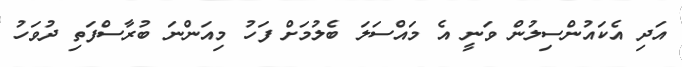
އަދި އެކައުންސިލުން ވަނީ އެ މައްސަލަ ބެލުމަށް ފަހު މިއަންނަ ބުރާސްފަތި ދުވަހު